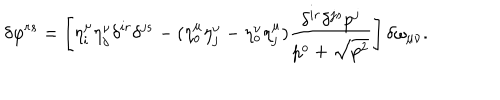
LaTeX: \delta \varphi ^ { r s } = \left[ \eta _ { i } ^ { \mu } \eta _ { j } ^ { \nu } \delta ^ { i r } \delta ^ { j s } - ( \eta _ { o } ^ { \mu } \eta _ { j } ^ { \nu } - \eta _ { o } ^ { \nu } \eta _ { j } ^ { \mu } ) \frac { \delta ^ { i r } \delta ^ { j s } p ^ { j } } { p ^ { o } + \sqrt { p ^ { 2 } } } \right] \delta \omega _ { \mu \nu } .